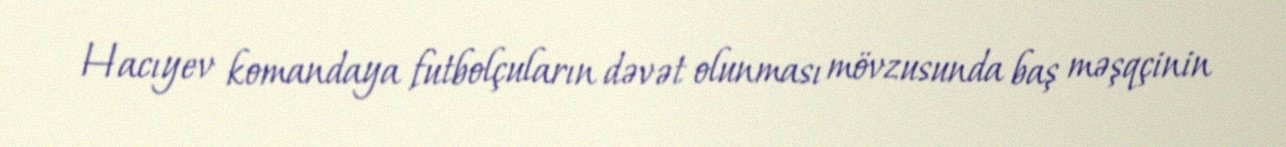
Hacıyev komandaya futbolçuların dəvət olunması mövzusunda baş məşqçinin